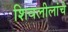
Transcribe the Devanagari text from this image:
शिवलीलांचे